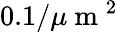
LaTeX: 0.1/\mu\mathrm{~m~}^{2}